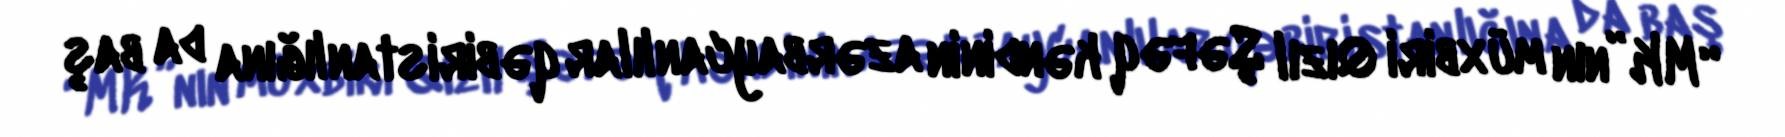
“MK”nın müxbiri Qızıl Şəfəq kəndinin azərbaycanlılar qəbiristanlığına da baş